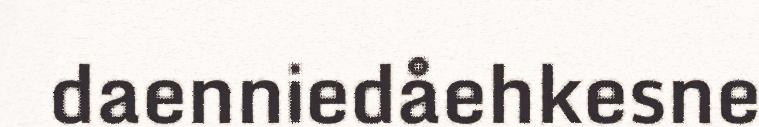
daenniedåehkesne